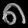
Digit: ၈